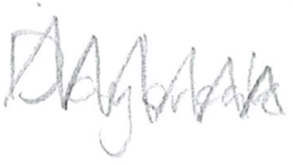
Text: Daybreak
Cross-out: zig-zag
Writing tool: pencil